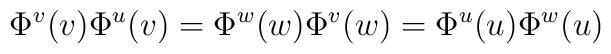
\Phi^v(v)\Phi^u(v)=\Phi^w(w)\Phi^v(w)=\Phi^u(u)\Phi^w(u)